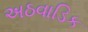
અઠવાડિક